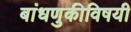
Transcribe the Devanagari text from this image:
बांधणुकीविषयी